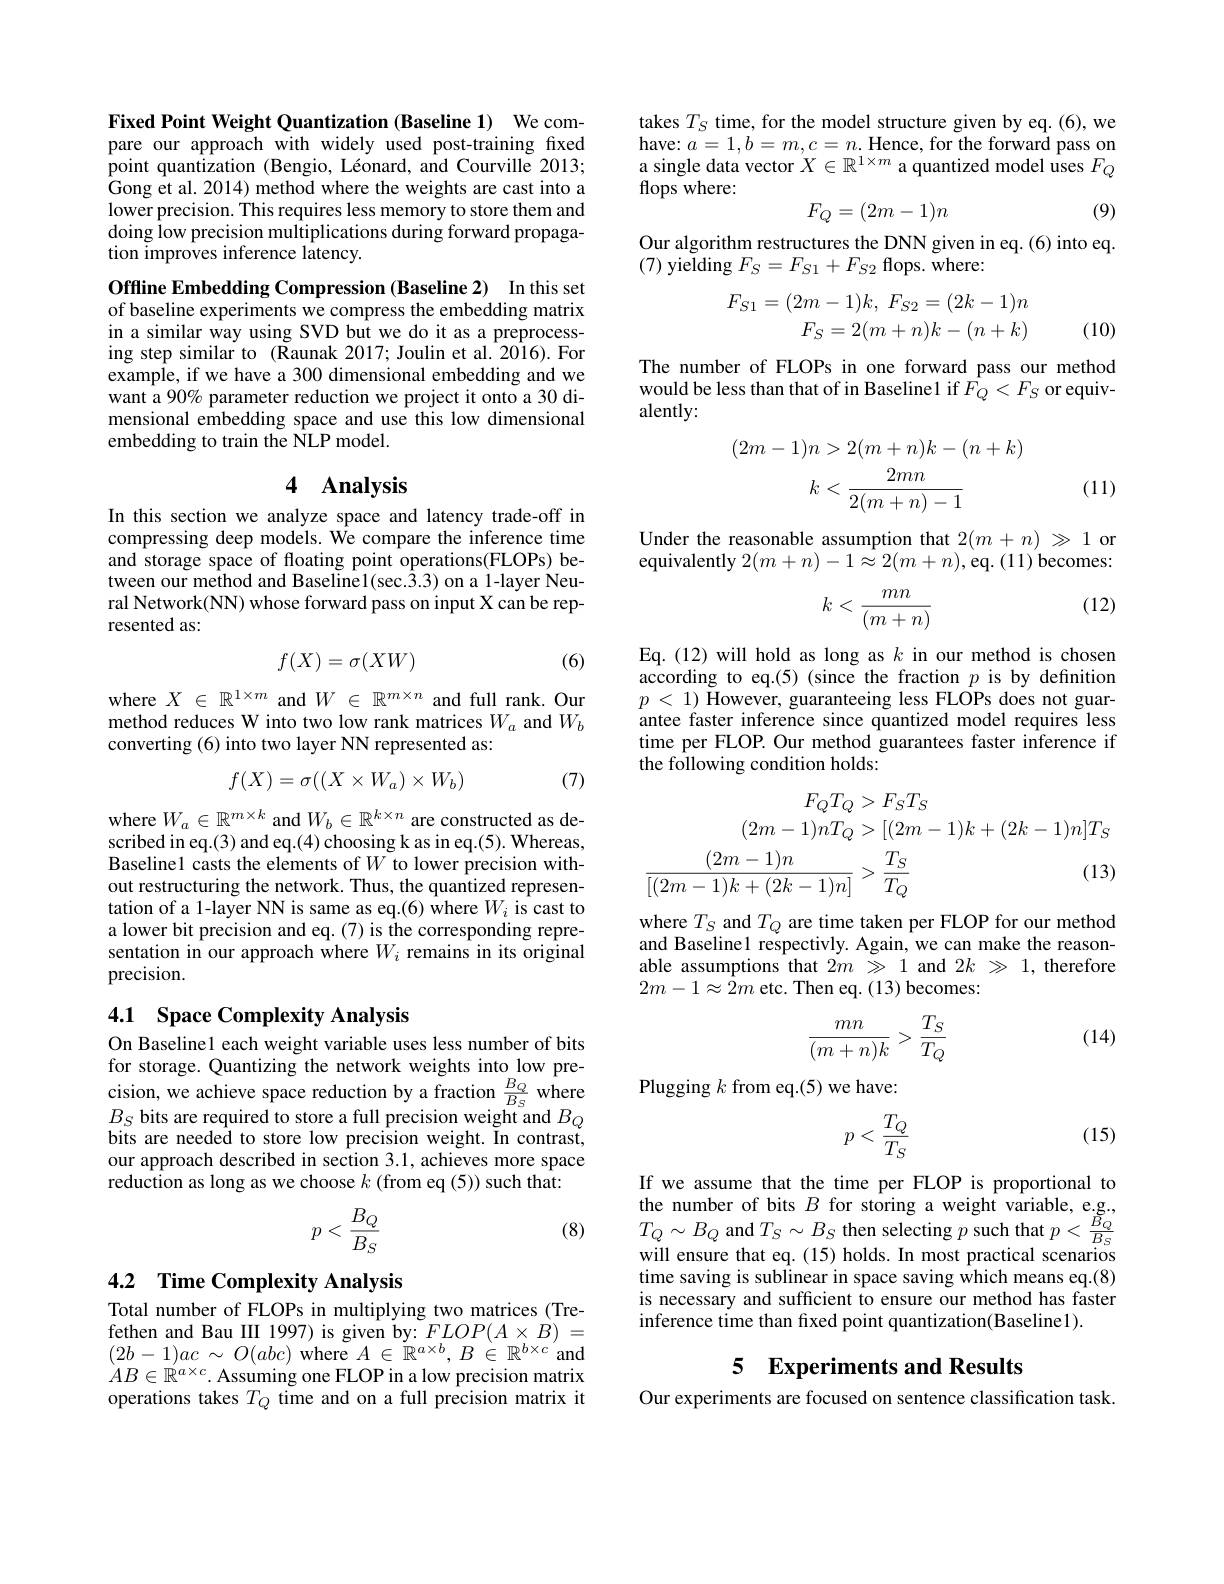
Fixed Point Weight Quantization (Baseline 1) We compare our approach with widely used post-training fixed $\hat{\text{point quantization }}(\bar{\text{Bengio, L\'{e}onard,andCourville}}2013;$ $\hat{\text{Gong et al.2014)method where the weights are cast into a}}$ lower precision. This requires less memory to store them and doing low precision multiplications during forward propagation improves inference latency.

Offline Embedding Compression (Baseline 2) In this set of baseline experiments we compress the embedding matrix in a similar way using SVD but we do it as a preprocessing step similar to (Kaunak 2017; Joulin et al. 2016). For example, if we have a 300 dimensional embedding and we want a 90% parameter reduction we project it onto a 30 dimensional embedding space and use this low dimensional embedding to train the NLP model.

## 4 Analysis

In this section we analyze space and latency trade-off in compressing deep models. We compare the inference time and storage space of floating point operations(FLOPs) between our method and Baseline1(sec.3.3) on a 1-layer Neural Network(NN) whose forward pass on input X can be represented as:

(6)
$$f(X)=\sigma(XW)$$
where $X\in\mathbb{R}^{1\times m}$ and $W\in\mathbb{R}^m\times n$ and full rank. Our method reduces W into two low rank matrices $W_a$ and $W_b$ converting (6) into two layer NN represented as:

(7)
$$f(X)=\sigma((X\times W_a)\times W_b)$$
where $W_a\in\mathbb{R}^{m\times k}$ and $W_b\in\mathbb{R}^k\times n$ are constructed as described in eq.(3) and eq.(4) choosing k as in eq.(5). Whereas, Baseline1 casts the elements of $W$ to lower precision without restructuring the network. Thus, the quantized representation of a 1-layer NN is same as eq.(6) where $W_i$ is cast to a lower bit precision and eq. (7) is the corresponding representation in our approach where $W_i$ remains in its original precision.

## 4.1 Space Complexity Analysis

On Baselinel each weight variable uses less number of bits for storage. Quantizing the network weights into low precision, we achieve space reduction by a fraction $\frac{B_Q}{B_S}$ where $B_{S}$ bits are required to store a full precision weight and $B_Q$ bits are needed to store low precision weight. In contrast, our approach described in section 3.1, achieves more space reduction as long as we choose $k$ (from eq (5)) such that:
$$p<\frac{B_Q}{B_S}$$
(8)

## 4.2 Time Complexity Analysis

Total number of FLOPs in multiplying two matrices (Trefethen and Bau III 1997) is given by: $FLOP(A\times B)=$ $(2b-1)ac\sim O(abc)$ where $A\in\tilde{\mathbb{R}}^{a\times b},B\in\mathbb{R}^{b\times c}$ and $AB\in\mathbb{R}^{a\times c}.$ Assuming one FLOP in a low precision matrix operations takes $T_Q$ time and on a full precision matrix it

takes $T_S$ time, for the model structure given by eq.(6), we have: $a=1,b=m,c=n.$ Hence, for the forward pass on single data vector $X\in\mathbb{R}^1\times m$ a quantized model uses $F_Q$ flops where:
$$F_Q=(2m-1)n$$
(9)

Our algorithm restructures the DNN given in eq.(6) into eq.
(7) yielding $F_S=F_{S1}+F_{S2}$ flops. where:
$$\begin{aligned}F_{S1}=(2m-1)k,\:F_{S2}=(2k-1)n\\F_{S}=2(m+n)k-(n+k)\end{aligned}$$
(10)

The number of FLOPs in one forward pass our method would be less than that of in Baselinel if $F_Q< F_S$ or equiv- alently:
$$(2m-1)n>2(m+n)k-(n+k)\\k<\frac{2mn}{2(m+n)-1}$$
(11)

Under the reasonable assumption that $2(m+n)\gg1$ or equivalently $2(m+n)-1\approx2(m+n)$,eq. (11) becomes:

(12)
$$k<\frac{mn}{(m+n)}$$
Eq.(12) will hold as long as $k$ in our method is chosen according to eq.(5) (since the fraction $p$ is by definition $p<1)$ However, guaranteeing less FLOPs does not guarantee faster inference since quantized model requires less time per FLOP. Our method guarantees faster inference if the following condition holds:
$$\begin{aligned}F_QT_Q&>F_ST_S\\(2m-1)nT_Q&>[(2m-1)k+(2k-1)n]T_S\\\frac{(2m-1)n}{[(2m-1)k+(2k-1)n]}&>\frac{T_S}{T_Q}&\text{(13)}\end{aligned}$$
where $T_S$ and $T_Q$ are time taken per FLOP for our method and Baseline1 respectivly. Again, we can make the reasonable assumptions that $2m\gg1$ and $2k\gg1$, therefore $2m-1\approx2m$ etc. Then eq. (13) becomes:

(14)
$$\frac{mn}{(m+n)k}>\frac{T_S}{T_Q}$$
Plugging $k$ from eq.(5) we have:
$$p<\frac{T_Q}{T_S}$$
(15)

If we assume that the time per FLOP is proportional to the number of bits $B$ for storing a weight variable, e.g., $T_{Q}\sim B_{Q}$ and $T_S\sim B_S$ then selecting $p$ such that $p<\frac{B_{Q}}{B_{S}}$will ensure that eq. (15) holds. In most practical scenarios time saving is sublinear in space saving which means eq.(8) is necessary and sufficient to ensure our method has faster inference time than fixed point quantization(Baseline1).

5 Experiments and Results

Our experiments are focused on sentence classification task